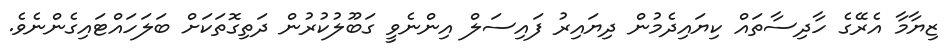
ޒިޔާމާ އެރޭގެ ހާދިސާތައް ކިޔައިދެމުން ދިޔައިރު ފައިސަލް އިންނެވީ ގަބޫލުކުރުން ދަތިގޮތަކަށް ބަލަހައްޓައިގެންނެވެ.